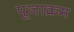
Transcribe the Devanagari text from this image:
पूजाक्रम